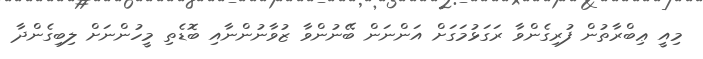
މިއީ ޢިބްރާތުން ފުރިގެންވާ ރަގަޅުމަގަށް އަންނަން ބޭނުންވާ ޒުވާނުންނާއި ބޮޑެތި މީހުންނަށް ލިބިގެންދާ